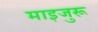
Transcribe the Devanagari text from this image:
माइजुरू